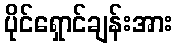
ပိုင်ရှောင်ချန်းအား